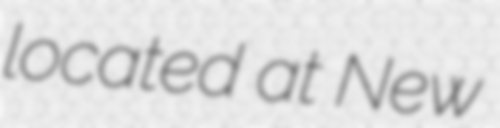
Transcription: located at New